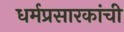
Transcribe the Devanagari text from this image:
धर्मप्रसारकांची